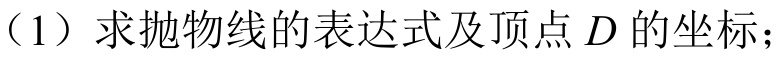
（1）求抛物线的表达式及顶点\(D\)的坐标；